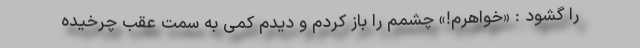
را گشود : «خواهرم!» چشمم را باز کردم و دیدم کمی به سمت عقب چرخیده